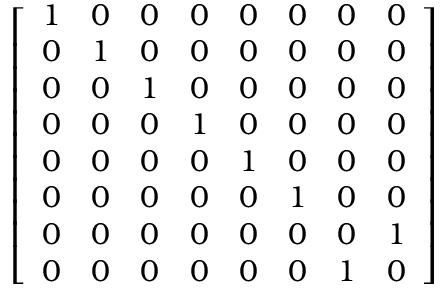
\left[ \begin{array} { l l l l l l l l } { 1 } & { 0 } & { 0 } & { 0 } & { 0 } & { 0 } & { 0 } & { 0 } \\ { 0 } & { 1 } & { 0 } & { 0 } & { 0 } & { 0 } & { 0 } & { 0 } \\ { 0 } & { 0 } & { 1 } & { 0 } & { 0 } & { 0 } & { 0 } & { 0 } \\ { 0 } & { 0 } & { 0 } & { 1 } & { 0 } & { 0 } & { 0 } & { 0 } \\ { 0 } & { 0 } & { 0 } & { 0 } & { 1 } & { 0 } & { 0 } & { 0 } \\ { 0 } & { 0 } & { 0 } & { 0 } & { 0 } & { 1 } & { 0 } & { 0 } \\ { 0 } & { 0 } & { 0 } & { 0 } & { 0 } & { 0 } & { 0 } & { 1 } \\ { 0 } & { 0 } & { 0 } & { 0 } & { 0 } & { 0 } & { 1 } & { 0 } \end{array} \right]